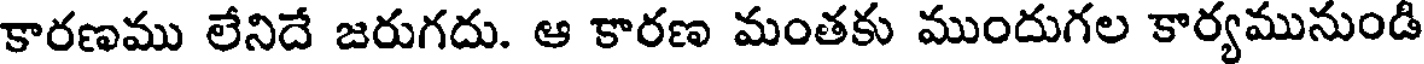
కారణము లేనిదే జరుగదు. ఆ కారణ మంతకు ముందుగల కార్యమునుండి